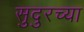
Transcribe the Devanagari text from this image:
सुदुरच्या